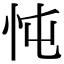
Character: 忳